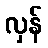
လှန်